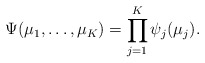
\begin{align*}\Psi(\mu_1,\ldots,\mu_{K})=\prod_{j=1}^{K}\psi_j(\mu_j).\end{align*}